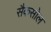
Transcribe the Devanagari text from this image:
सैकसोल